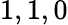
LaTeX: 1,1,0